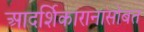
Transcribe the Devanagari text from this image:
आदर्शिकारानासोबत